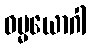
ဓမ္မယောဂါ